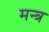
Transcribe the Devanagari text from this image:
मन्‍त्र